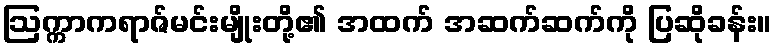
ဩက္ကာကရာဇ်မင်းမျိုးတို့၏ အထက် အဆက်ဆက်ကို ပြဆိုခန်း။